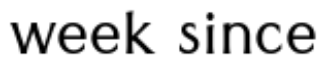
week since